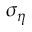
\sigma _ { \eta }